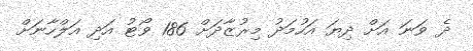
ދެ ވަނަ އަށް ދިޔަ އަހުމަދު މިރުޒާދަށް 186 ވޯޓު އަދި އަލްހާނަށް